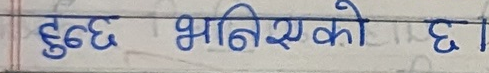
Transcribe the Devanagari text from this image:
हुन्छ भनिएको छ।